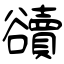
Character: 豄